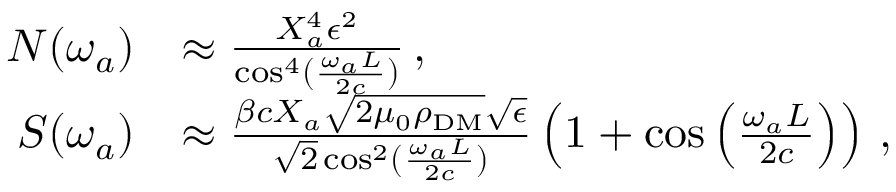
\begin{array} { r l } { N ( \omega _ { a } ) } & { \approx \frac { X _ { a } ^ { 4 } \epsilon ^ { 2 } } { \cos ^ { 4 } ( \frac { \omega _ { a } L } { 2 c } ) } \, , } \\ { S ( \omega _ { a } ) } & { \approx \frac { \beta c X _ { a } \sqrt { 2 \mu _ { 0 } \rho _ { \mathrm { D M } } } \sqrt { \epsilon } } { \sqrt { 2 } \cos ^ { 2 } ( \frac { \omega _ { a } L } { 2 c } ) } \left( 1 + \cos \left( \frac { \omega _ { a } L } { 2 c } \right) \right) \, , } \end{array}